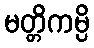
မတ္တိကမ္ပိ